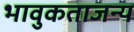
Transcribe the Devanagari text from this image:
भावुकताजन्य